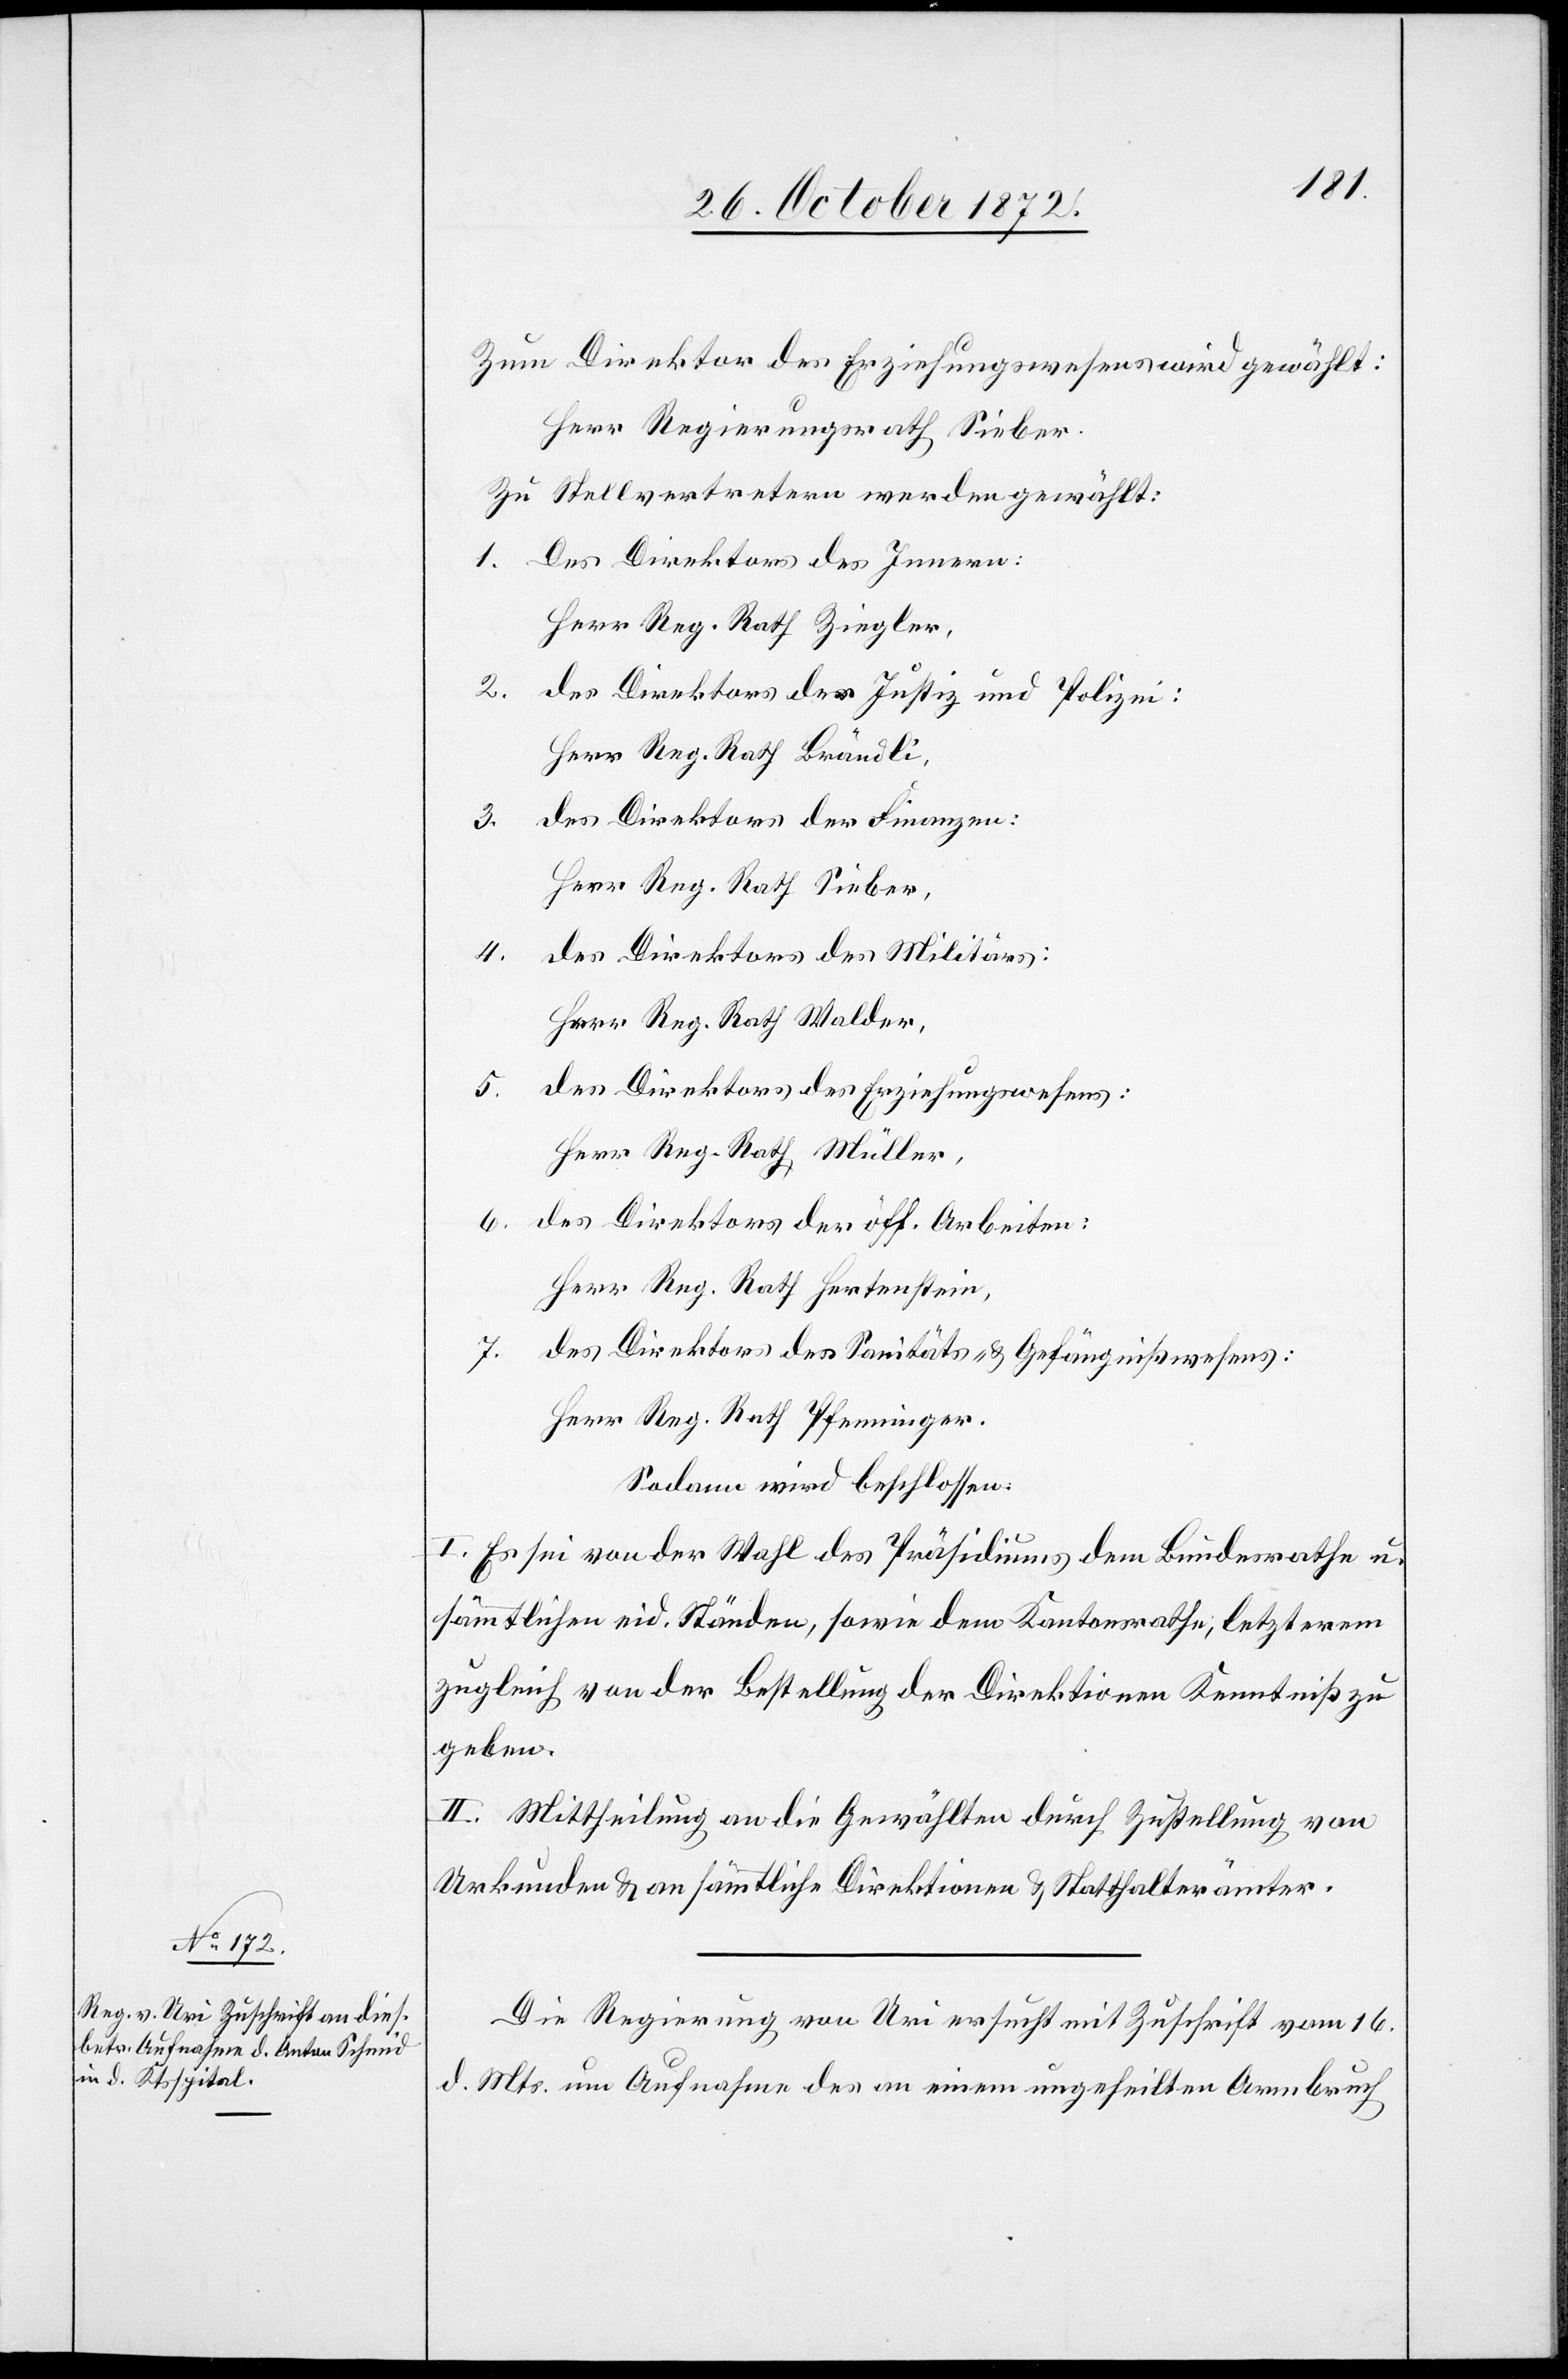
Zum Direktor des Erziehungswesens wird gewählt:
Herr Regierungsrath Sieber.
Zu Stellvertretern werden gewählt:
Des Direktors des Innern:
Herr Reg. Rath Ziegler,
des Direktors der Justiz und Polizei:
Herr Reg. Rath Brändli,
des Direktors der Finanzen:
Herr Reg. Rath Sieber,
des Direktors des Militärs:
Herr Reg. Rath Walder,
des Direktors des Erziehungswesens:
Herr Reg. Rath Müller,
des Direktors der öff. Arbeiten:
Herr Reg. Rath Hertenstein,
des Direktors des Sanitäts- u. Gefängnißwesens:
Herr Reg. Rath Pfenninger.
Sodann wird beschlossen:
I. Es sei von der Wahl des Präsidiums dem Bundesrathe u.
sämmtlichen eid. Ständen, sowie dem Kantonsrathe, letzterem
zugleich von der Bestellung der Direktionen Kenntniß zu
geben.
II. Mittheilung an die Gewählten durch Zustellung von
Urkunden u. an sämmtliche Direktionen u. Statthalterämter.
Die Regierung von Uri ersucht mit Zuschrift vom 16.
d. Mts. um Aufnahme des an einem ungeheilten Armbruch